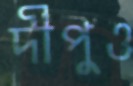
দীপুও